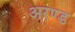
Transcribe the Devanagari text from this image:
अरण्ड